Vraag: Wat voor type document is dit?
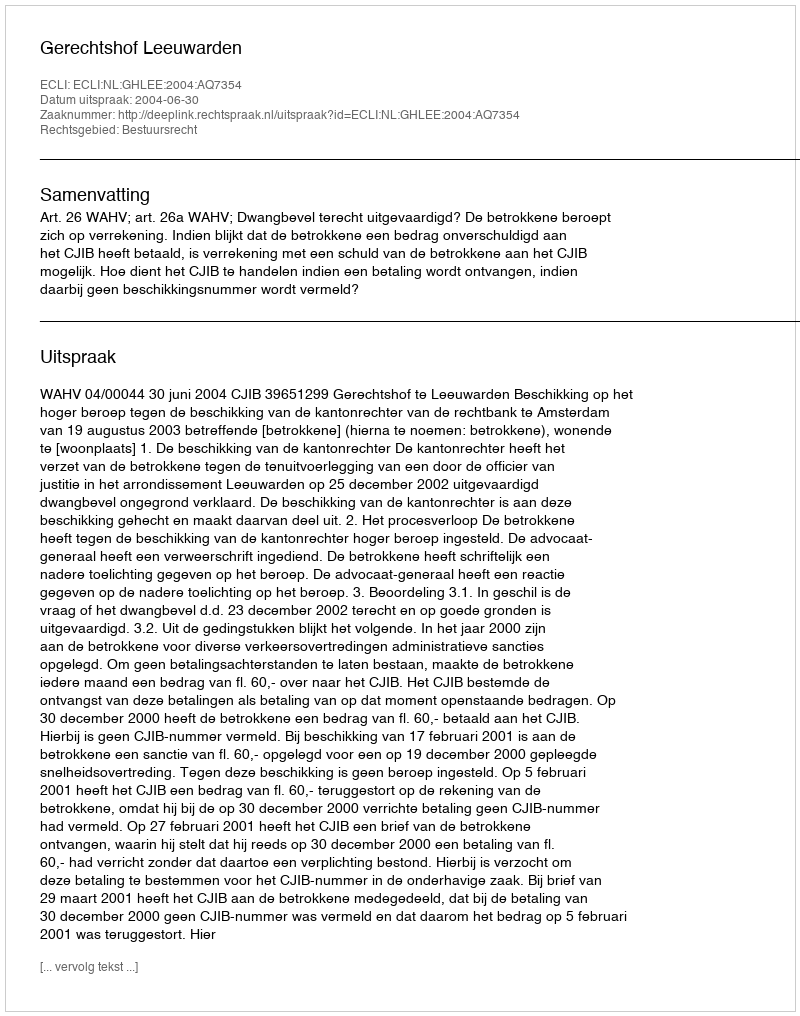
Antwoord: Uitspraak